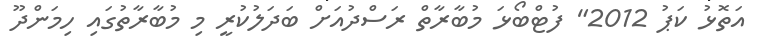
އަތޮޅު ކަޕު 2012" ފުޓްބޯޅަ މުބާރާތް ރަސްދުއަށް ބަދަލުކުރީ މި މުބާރާތުގައި ހިމަންދޫ